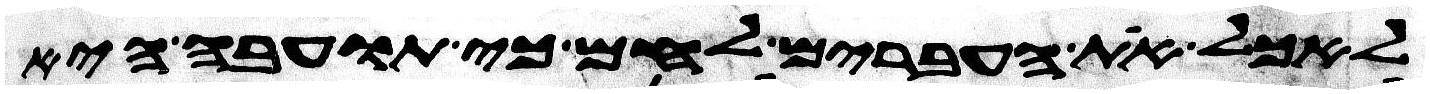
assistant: לאכל את העברים לחם כי תועבה היא